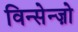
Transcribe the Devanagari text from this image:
विन्सेन्ज़ो